Madras plague regulations in force outside the Presidency town - Volume 5
Disease focus: Plague
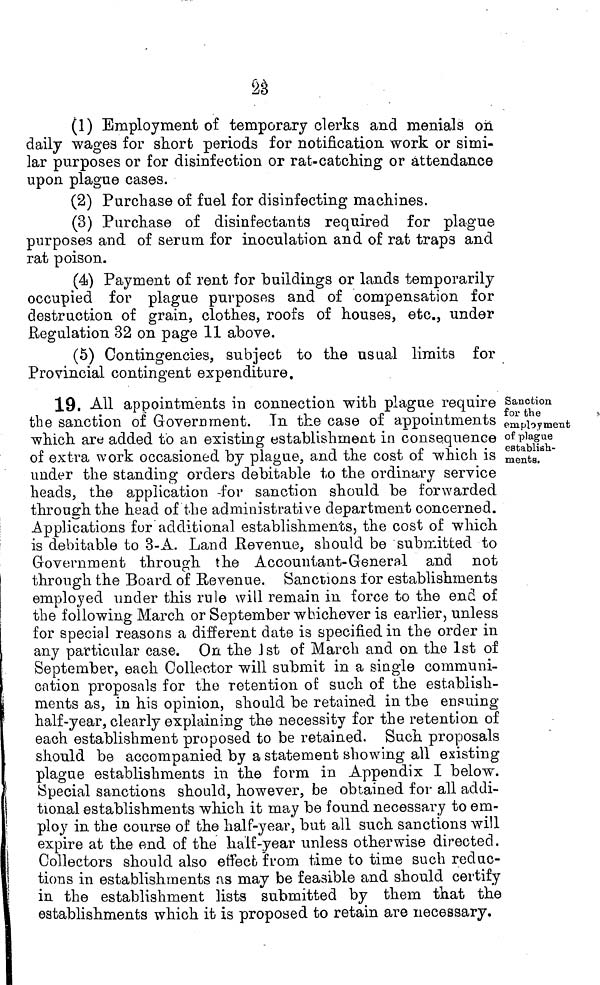
í)0
¿O
(1) Employment of temporary clerks and menials on
daily wages for short periods for notification work or simi-
lar purposes or for disinfection or rat»catching or attendance
upon plague cases.
(2) Purchase of fuel for disinfecting machines.
(3) Purchase of disinfectants required for plague
purposes and of serum for inoculation and of rat traps and
rat poison.
(4) Payment of rent for buildings or lands temporarily
occupied for plague purposes and of compensation for
destruction of grain, clothes, roofs of houses, etc., under
Regulation 32 on page 11 above.
(5) Contingencies, subject to the usual limits for
Provincial contingent expenditure.
Sanction
foi* the
employment
of plague
establish-
ments.
19. All appointments in connection with plague require
the sanction of Government. Tn the case of appointments
which are added to an existing establishment in consequence
of extra work occasioned by plague, and the cost of which is
under the standing; orders debitable to the ordinarv service
o
t/
heads, the application -for sanction should be forwarded
through the head of the administrative department concerned.
Applications for additional establishments, the cost of which
is debitable to 3-A. Land Revenue, should be submitted to
Government through the Accountant-General and not
through the Board of Revenue. Sanctions for establishments
employed under this rule will remain in force to the end of
the following March or September whichever is earlier, unless
for special reasons a different date is specified in the order in
any particular case. On the Jst of March and on the 1st of
September, each Collector will submit in a single communi-
cation proposals for the retention of such of the establish-
ments as, in his opinion, should be retained in the ensuing
half-year, clearly explaining the necessity for the retention of
each establishment proposed to be retained. Such proposals
should be accompanied by a statement showing all existing
plague establishments in the form in Appendix I below.
Special sanctions should, however, be obtained for all addi-
tional establishments which it may be found necessary to em-
ploy in the course of the half-year, but all such sanctions will
expire at the end of the half-year unless otherwise directed.
Collectors should also effect f uom time to time such reduc-
tions in establishments as may be feasible and should certify
in the establishment lists submitted by them that the
establishments which it is proposed to retain are necessary.